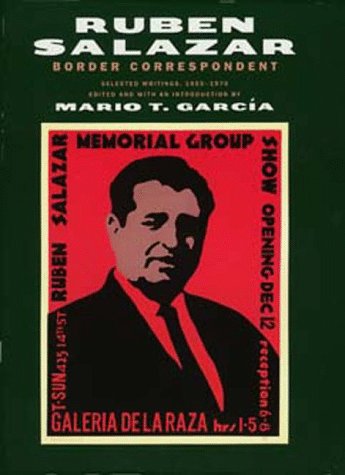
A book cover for Border Correspondent: Selected Writings, 1955-1970 (Latinos in American Society and Culture); Ruben Salazar; Biographies & Memoirs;